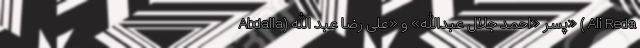
Abdalla) پسر «احمد جلال عبدالله» و «علی رضا عبد الله» ( Ali Reda